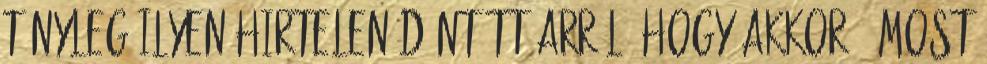
tényleg ilyen hirtelen döntött arról, hogy akkor ő most